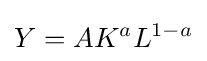
Y=AK^{a}L^{1-a}